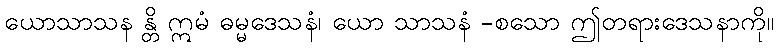
ယောသာသန န္တိ ဣမံ ဓမ္မဒေသနံ၊ ယော သာသနံ -စသော ဤတရားဒေသနာကို။